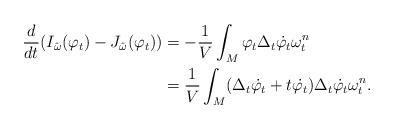
LaTeX: \begin{align*} \frac{d}{dt}(I_{\hat\omega}(\varphi_t)-J_{\hat{\omega}}(\varphi_t))&=-\frac{1}{V}\int_M\varphi_t{\Delta}_t\dot{\varphi_t}{\omega}_t^n\\ &=\frac{1}{V}\int_M({\Delta}_t\dot{\varphi_t}+t\dot{\varphi_t}){\Delta}_t\dot{\varphi_t}{\omega}_t^n.\end{align*}